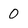
Character: 0